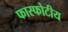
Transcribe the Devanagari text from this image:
फास्फोटीय